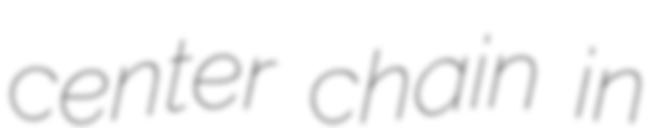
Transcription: center chain in